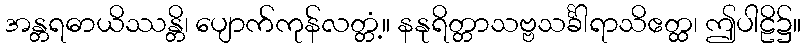
အန္တရဓာယိဿန္တိ၊ ပျောက်ကုန်လတ္တံ့။ နနုရိတ္တာသဗ္ဗသင်္ခါရာသိဧတ္ထ၊ ဤပါဠိ၌။